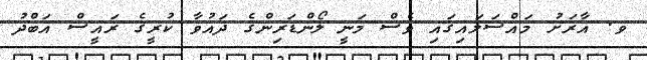
ވ. އާރަށު މައްސަލައިގައި ވެސް މަނީ ލޯންޑަރިންގެ ދައުވާ ކުރީގެ ރައީސް އަބްދު